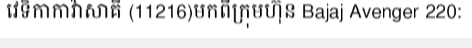
វេទិកាកាវ៉ាសាគី (11216)មកពីក្រុមហ៊ុន Bajaj Avenger 220: